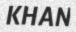
KHAN